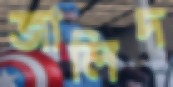
জালিদ